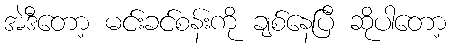
အဲဒီတော့ မင်းခင်စန်းကို ချစ်နေပြီ ဆိုပါတော့